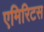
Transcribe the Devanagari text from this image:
एमिरिटस